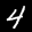
Label: 4